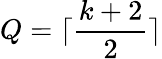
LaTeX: Q=\lceil\frac{k+2}{2}\rceil